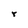
Character: r